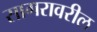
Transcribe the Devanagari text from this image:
सागरावरील